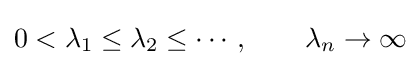
0<\lambda _{1}\leq \lambda _{2}\leq \cdots ,\qquad \lambda _{n}\to \infty